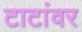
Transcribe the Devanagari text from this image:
टाटांवर